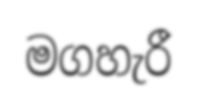
මගහැරී